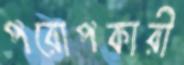
পরোপকারী